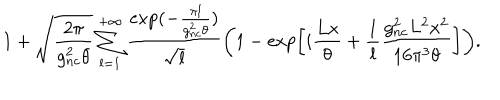
\displaystyle { 1 + \sqrt { \frac { 2 \pi } { g _ { n c } ^ { 2 } \theta } } \sum _ { l = 1 } ^ { + \infty } \frac { \exp ( - \frac { \pi l } { g _ { n c } ^ { 2 } \theta } ) } { \sqrt { l } } \left( 1 - \exp \left[ i \frac { L x } { \theta } + \frac { 1 } { l } \frac { g _ { n c } ^ { 2 } L ^ { 2 } x ^ { 2 } } { 1 6 \pi ^ { 3 } \theta } \right] \right) } .